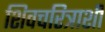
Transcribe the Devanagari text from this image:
शिवचरित्राशी